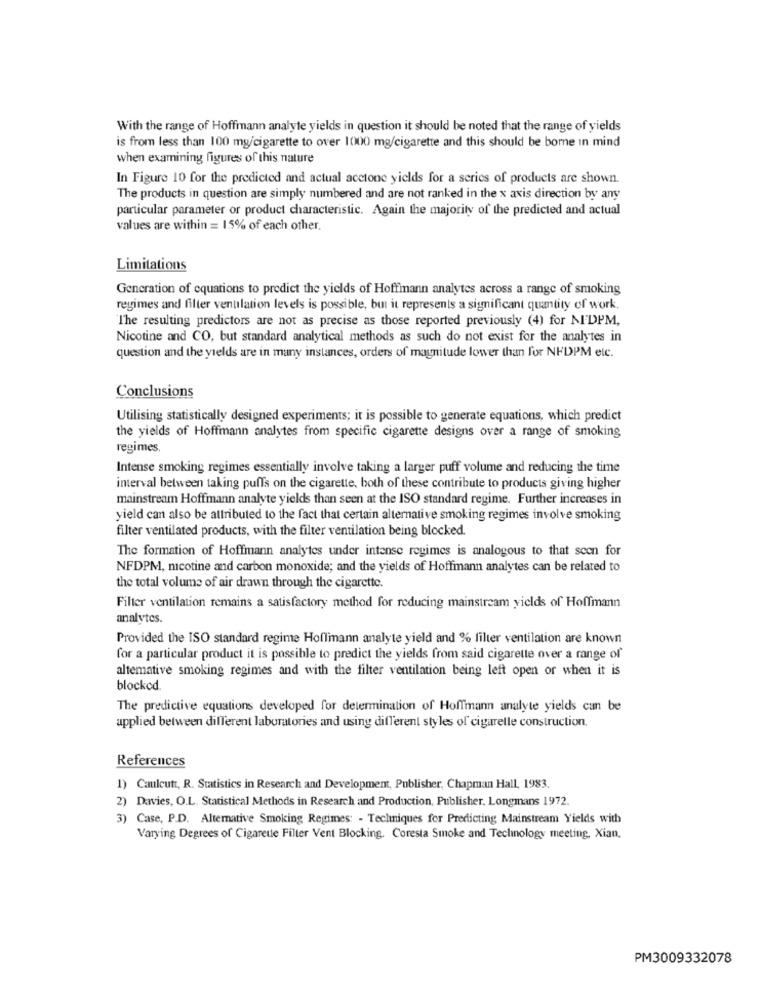
With the range of Hoffmann analyte yields in question it should be noted that the range of yields
is from less than 100 mg/cigarette to over 1000 mg/cigarette and this should be borne in mind
when examining figures of this nature
In Figure 10 for the predicted and actual acetone yields for a series of products are shown.
The products in question are simply numbered and are not ranked in the x axis direction by any
particular parameter or product characteristic. Again the majority of the predicted and actual
values are within = 15% of each other.
Limitations
Generation of equations to predict the yields of Hoffmann analytes across a range of smoking
regimes and filter ventilation levels is possible, but it represents a significant quantity of work.
The resulting predictors are not as precise as those reported previously (4) for NDPM,
Nicotine and CO, but standard analytical methods as such do not exist for the analytes in
question and the yields are in many instances, orders of magnitude lower than for NEDPM etc.
Conclusions
Utilising statistically designed experiments; it is possible to generate equations, which predict
the yields of Hoffmann analytes from specific cigarette designs over a range of smoking
regimes.
Intense smoking regimes essentially involve taking a larger puff volume and reducing the time
interval between taking puffs on the cigarette, both of these contribute to products giving higher
mainstream Hoffmann analyte yields than seen at the ISO standard regime. Further increases in
yield can also be attributed to the fact that certain alternative smoking regimes involve smoking
filter ventilated products, with the filter ventilation being blocked.
The formation of Hoffmann analytes under intense regimes is analogous to that scon for
NFDPM, nicotine and carbon monoxide; and the yields of Hoffmann analytes can be related to
the total volume of air drawn through the cigarette.
Filter ventilation remains a satisfactory method for reducing mainstream yields of Hoffmann
analytes.
Provided the ISO standard regime Hoffmann analyte yield and % filter ventilation are known
for a particular product it is possible to predict the yields from said cigarette over a range of
altemative smoking regimes and with the filter ventilation being left open or when it is
blocked.
The predictive equations developed for determination of Hoffmann analyte yields can be
applied between different laboratories and using different styles of cigarelle construction.
References
1) Caulcutt, R. Statistics in Research and Development, Publisher, Chapman Hall, 1983.
2) Davies, O.L. Statistical Methods in Research and Production, Publisher. Longmans 1972.
3) Case, P.D. Alternative Smoking Regimes: - Techniques for Predicting Mainstream Yields with
Varying Degrees of Cigarette Filter Vent Blocking. Coresta Smoke and Technology meeting, Xian.
PM3009332078